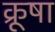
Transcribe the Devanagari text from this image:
क्रूषा